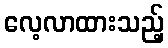
လေ့လာထားသည့်